65_HS1-834228961_62-HQ-83894_Section_6
Agency: FBI
Page 19
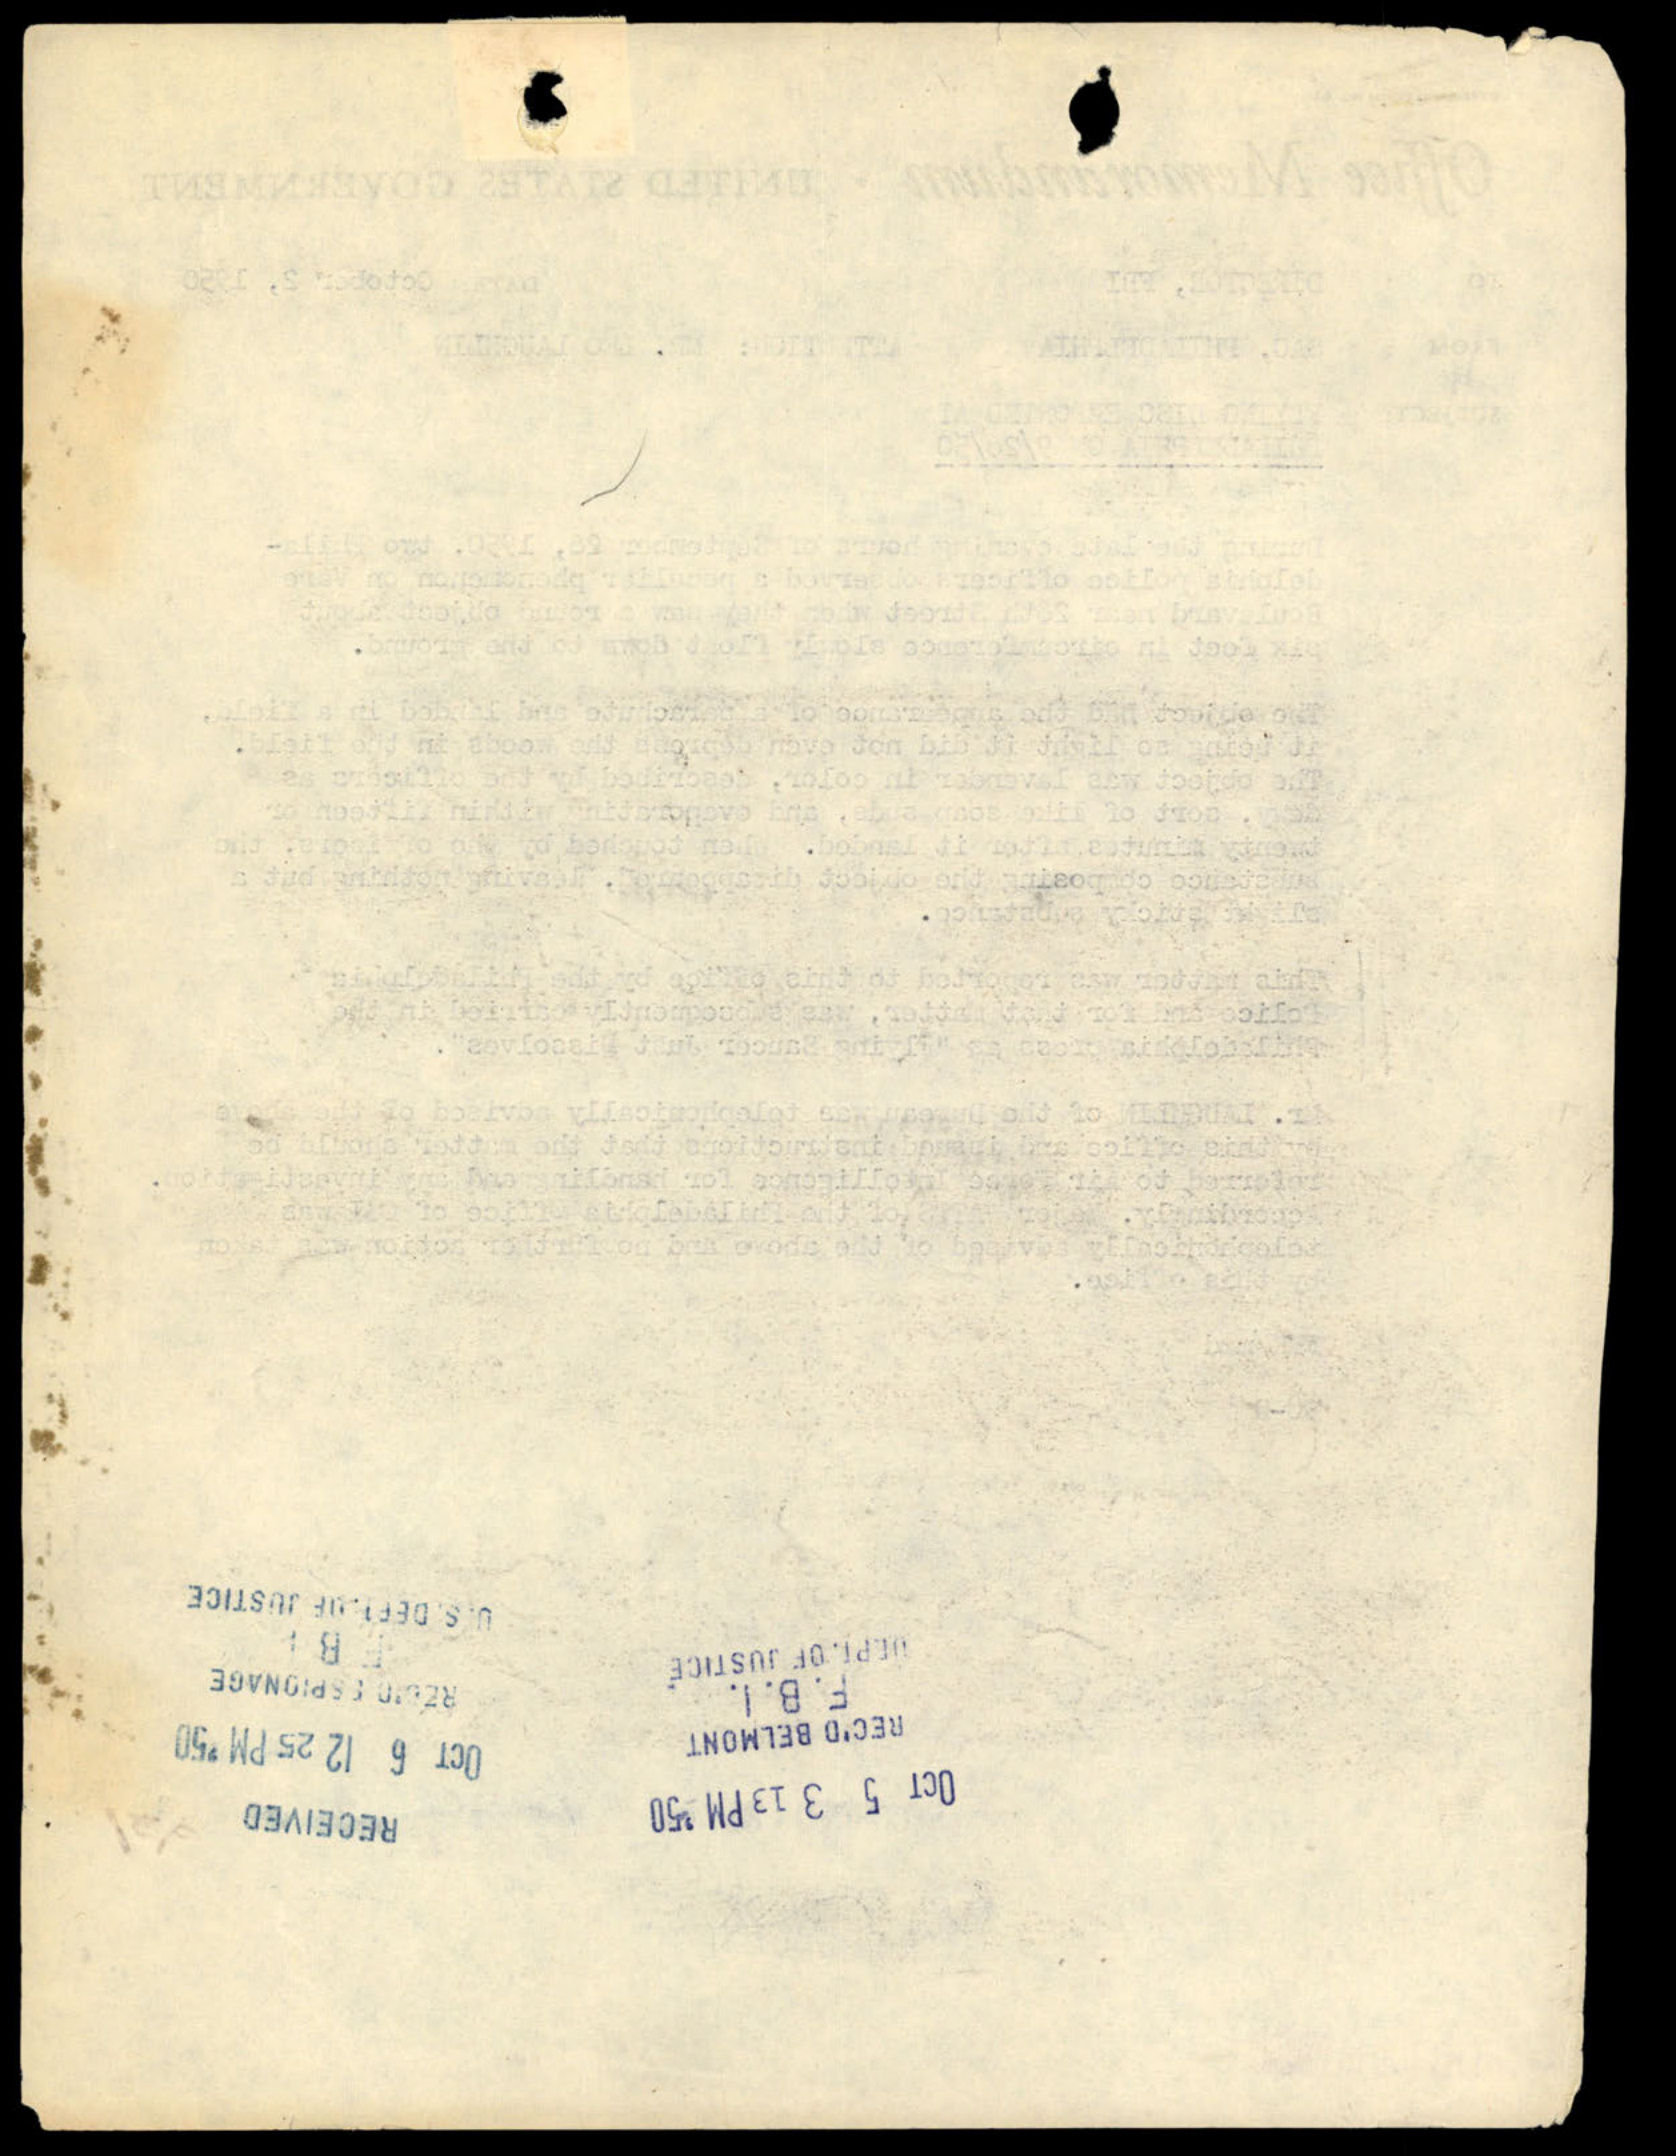